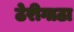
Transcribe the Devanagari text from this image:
ठेरीगाठा